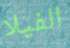
الفيلا